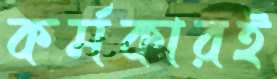
কর্মকারই